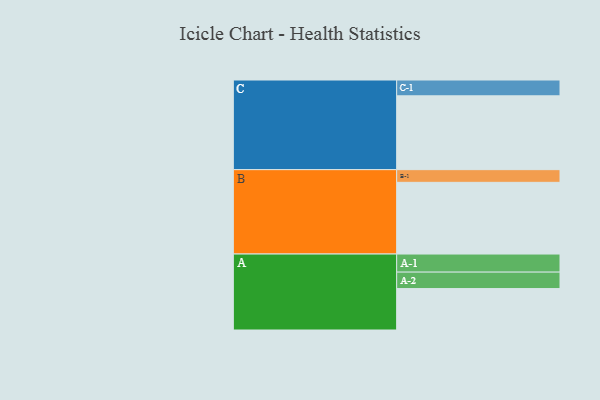
{"axis": {"x": "Segment", "y": "Value"}, "legend": ["", "A", "B", "C"], "data": [{"x": "A", "y": 330, "type": ""}, {"x": "B", "y": 571, "type": ""}, {"x": "C", "y": 588, "type": ""}, {"x": "A-1", "y": 144, "type": "A"}, {"x": "A-2", "y": 131, "type": "A"}, {"x": "B-1", "y": 101, "type": "B"}, {"x": "C-1", "y": 126, "type": "C"}]}